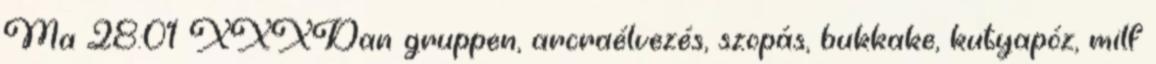
Ma 28:01 XXXDan gruppen, arcraélvezés, szopás, bukkake, kutyapóz, milf